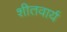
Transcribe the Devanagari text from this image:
शीतवार्य